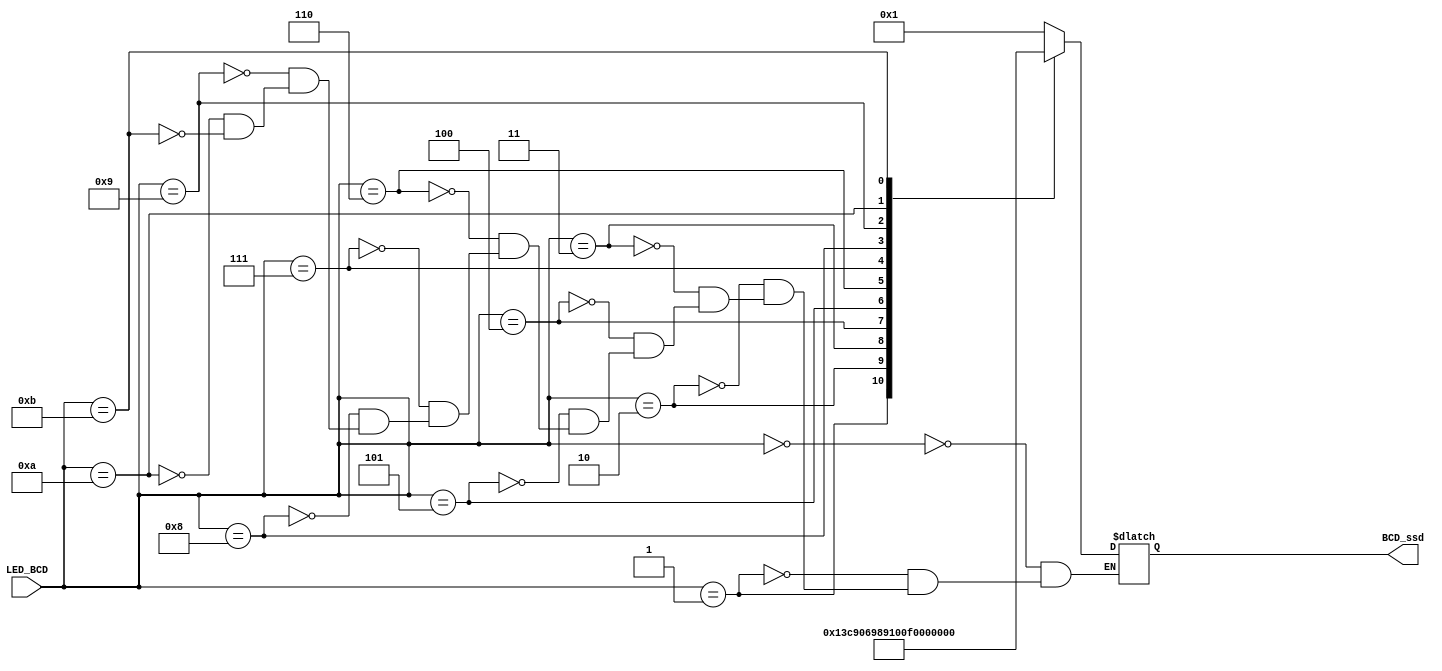
`timescale 1ns / 1ps
//////////////////////////////////////////////////////////////////////////////////
// Company: 
// Engineer: 
// 
// Design Name: 
// Module Name: ssd_out
// Project Name: 
// Target Devices: 
// Tool Versions: 
// Description: 
// 
// Dependencies: 
// 
// Revision:
// Revision 0.01 - File Created
// Additional Comments:
// 
//////////////////////////////////////////////////////////////////////////////////


module ssd_out(
    input [3:0] LED_BCD,
    output reg [6:0] BCD_ssd
    );
    
    
    always @(*) //convert the binary decimal representation to a format for the seven segment display
    begin
        case (LED_BCD)
            4'b0000: BCD_ssd = 7'b0000001; // out = 0
            4'b0001: BCD_ssd = 7'b1001111; // out = 1
            4'b0010: BCD_ssd = 7'b0010010; // out = 2
            4'b0011: BCD_ssd = 7'b0000110; // out = 3
            4'b0100: BCD_ssd = 7'b1001100; // out = 4
            4'b0101: BCD_ssd = 7'b0100100; // out = 5
            4'b0110: BCD_ssd = 7'b0100000; // out = 6
            4'b0111: BCD_ssd = 7'b0001111; // out = 7
            4'b1000: BCD_ssd = 7'b0000000; // out = 8
            4'b1001: BCD_ssd = 7'b0000100; // out = 9
            4'b1010: BCD_ssd = 7'b1111110; // out = -
            4'b1011: BCD_ssd = 7'b1111111; // out = no segments lit up
        endcase
    end
endmodule